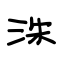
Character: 洙